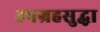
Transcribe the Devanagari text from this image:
उपग्रहसुद्धा